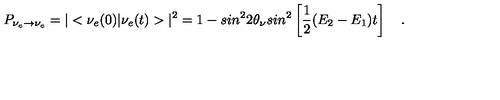
P _ { \nu _ { e } \rightarrow \nu _ { e } } = \vert < \nu _ { e } ( 0 ) \vert \nu _ { e } ( t ) > \vert ^ { 2 } = 1 - s i n ^ { 2 } 2 \theta _ { \nu } s i n ^ { 2 } \left[ { \frac { 1 } { 2 } } ( E _ { 2 } - E _ { 1 } ) t \right] \quad .